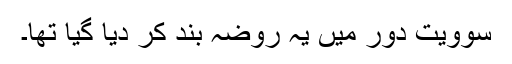
سوویت دور میں یہ روضہ بند کر دیا گیا تھا۔